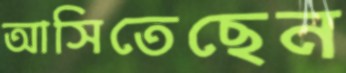
আসিতেছেন